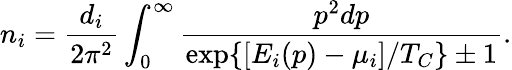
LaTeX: n_{i}=\frac{d_{i}}{2\pi^{2}}\int_{0}^{\infty}\frac{p^{2}dp}{\exp\{ [E_{i}(p)-\mu_{i}]/T_{C}\} \pm 1}.